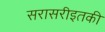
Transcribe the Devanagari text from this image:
सरासरीइतकी